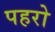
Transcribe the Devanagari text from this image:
पहरो